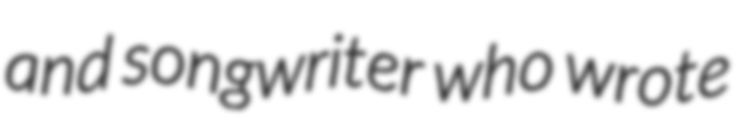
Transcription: and songwriter who wrote